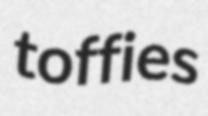
toffies